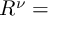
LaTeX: R ^ { \nu } =